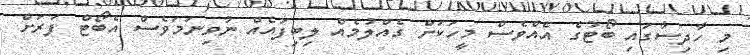
މި ހާދިސާގައި ބޯޓުގެ އެއްވެސް މީހަކަށް ގެއްލުމެއް ލިބިފައެއް ނުވިނަމަވެސް އެބޯޓް ފަރަށް